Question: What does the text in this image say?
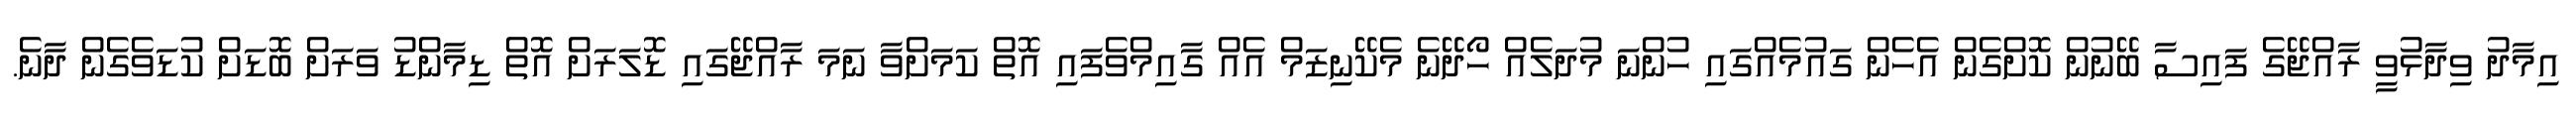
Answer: އިމާދު ވިދާޅުވީ ރާއްޖޭގެ ފައިސާ ބޭނުން ކޮށްގެން އެހެން ގައުމެއްގައި ހުންނަ މުދަލެއް ހޯދޭނެ މެކޭނިޒަމް އެއް ގާއިމްވެފައި އޮތް ކަމަށްވާ ނަމަ ރާއްޖޭގައި ޑޮލަރަށް އޮތް ޑިމާންޑު ވަރަށް ބޮޑަށް ކުޑަވެގެން ދާނެ.